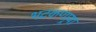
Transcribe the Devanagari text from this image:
भटकणार्‍या